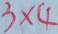
3 \times 4